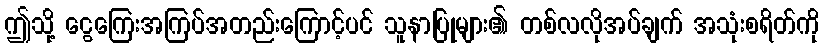
ဤသို့ ငွေကြေးအကြပ်အတည်းကြောင့်ပင် သူနာပြုများ၏ တစ်လလိုအပ်ချက် အသုံးစရိတ်ကို